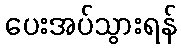
ပေးအပ်သွားရန်